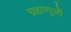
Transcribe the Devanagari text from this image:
ग्रहाणुओं